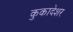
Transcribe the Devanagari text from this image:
कुकादेशर